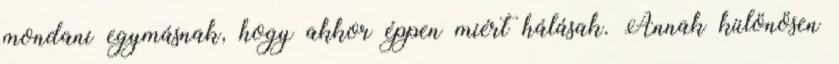
mondani egymásnak, hogy akkor éppen miért hálásak. Annak különösen